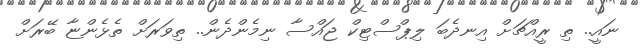
ނައީ.. ތި ރީއްޗަށް އިނދެބަ ލިޕްސްޓިކް ޖައްސާ ނިމެންދެން.. ތިވަރަށް ތެޅެންޏާ ބޭރަށް